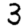
Digit: 3